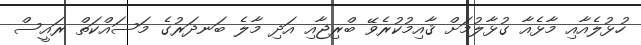
ހުޅުލެއާއި މާޅެއާ ގުޅާލުމަށް ޤާއިމުކުރެވޭ ބްރިޖާއި އަދި މާލެ ބަނދަރުގެ މަސައްކަތް ރައީސް